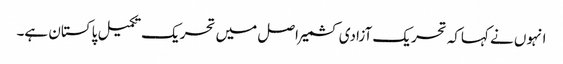
انہوں نے کہاکہ تحریک آزادی کشمیر اصل میں تحریک تکمیل پاکستان ہے۔